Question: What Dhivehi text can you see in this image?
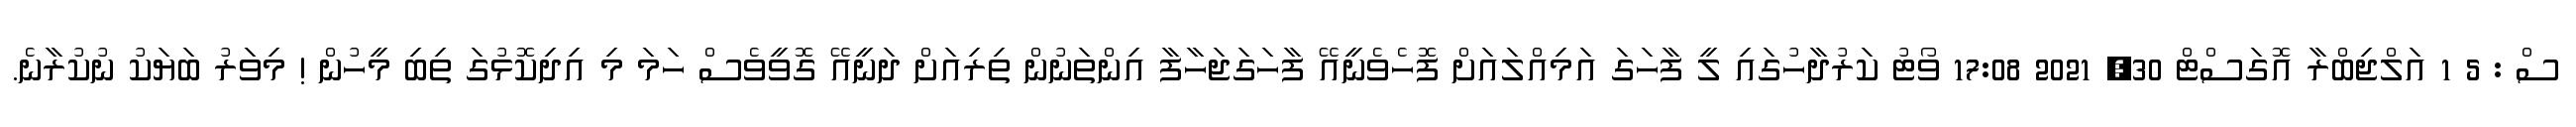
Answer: ސް : 5 1 އަލްޖިބްރާ އޮގަސްޓް 30, 2021 17:08 ވޯޓު ކަރުދާހުގައި ލީ ފާހަގަ އަމިއްލައަށް ފޮހެވެނީއޭ ފާހަގަޖަހާފާ އިންތަނުން ތިރިއަށް ދަނީއޭ ގޮވީވެސް ހަމަ މި އިދިކޮޅުގަ ތިބި މީހުން ! މިވަރު ބަޔަކު ނުކުރާނެ.